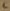
Text: 6